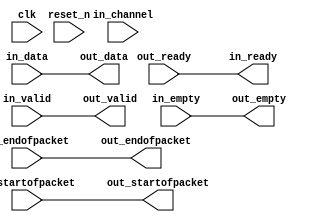
module ignore_channels_for_avalon_st
#(
parameter log2_numchannels = 4
)
 (
    
      // Interface: clk
      input              clk,
      // Interface: reset
      input              reset_n,
      // Interface: in
      output reg         in_ready,
      input              in_valid,
      input      [31: 0] in_data,
      input      [log2_numchannels-1 : 0] in_channel,
      input              in_startofpacket,
      input              in_endofpacket,
      input      [ 1: 0] in_empty,
      // Interface: out
      input              out_ready,
      output reg         out_valid,
      output reg [31: 0] out_data,
      output reg         out_startofpacket,
      output reg         out_endofpacket,
      output reg [ 1: 0] out_empty
);


   reg          out_channel;

   // ---------------------------------------------------------------------
   //| Payload Mapping
   // ---------------------------------------------------------------------
   always @* begin
      in_ready = out_ready;
      out_valid = in_valid;
      out_data = in_data;
      out_startofpacket = in_startofpacket;
      out_endofpacket = in_endofpacket;
      out_empty = in_empty;
      out_channel = in_channel;
   end

endmodule